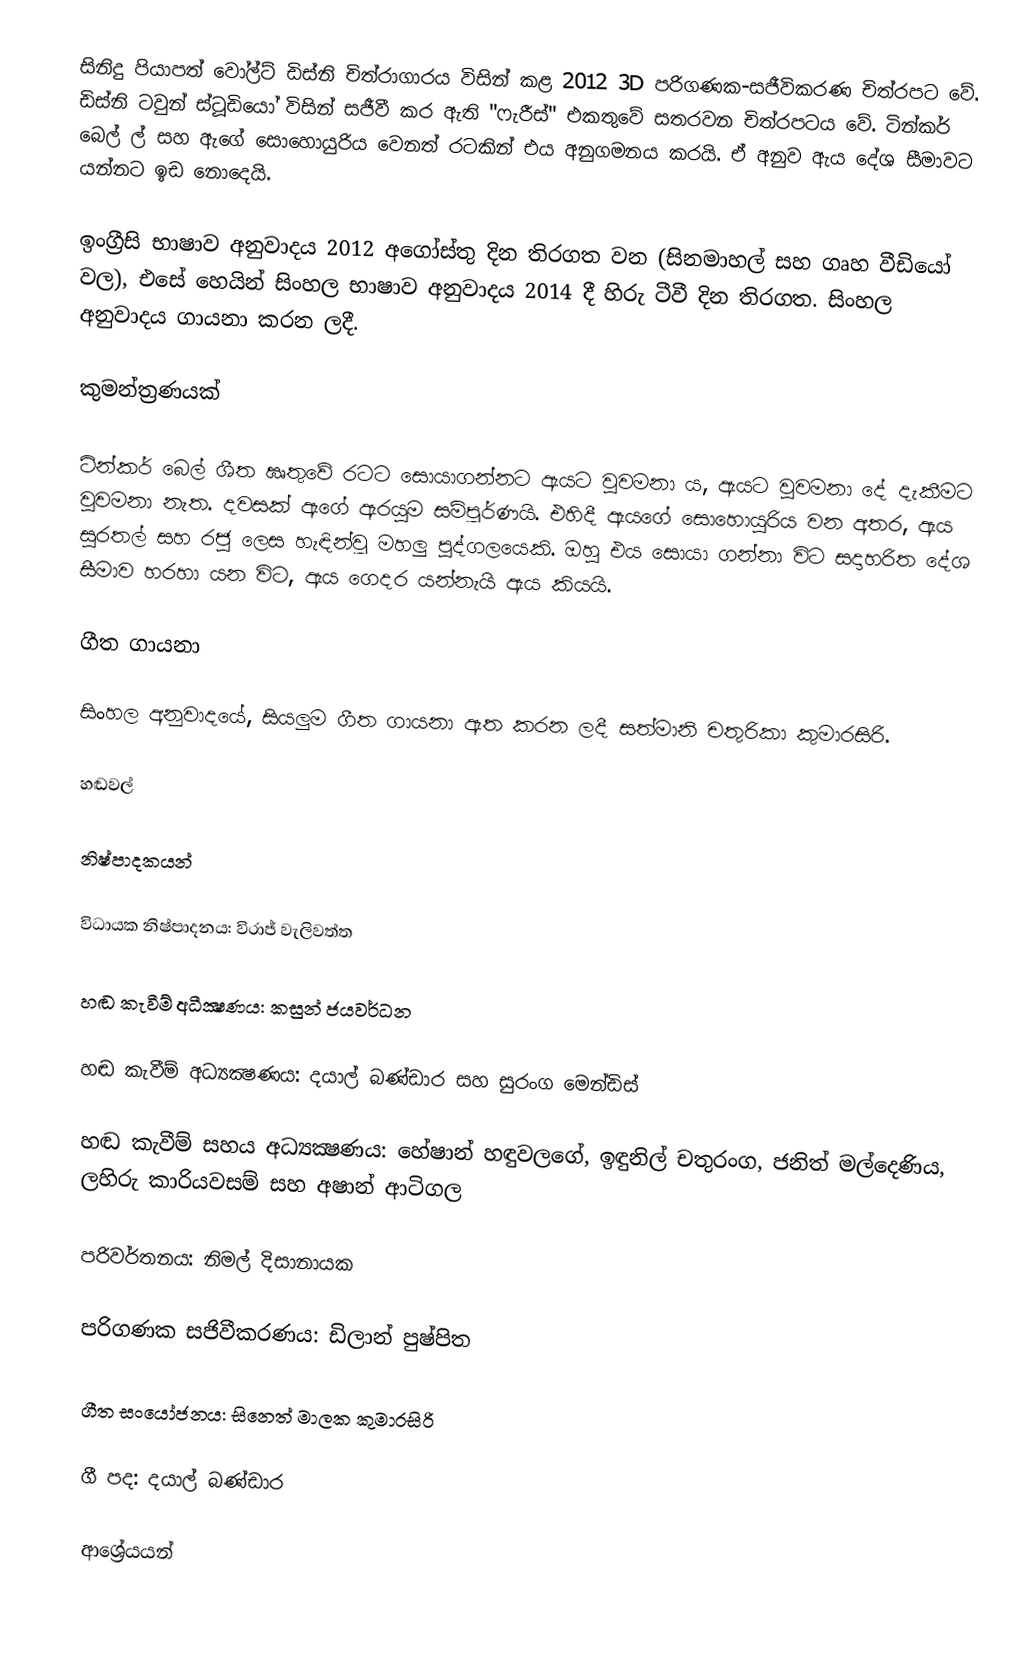
සිනිදු පියාපත් වෝල්ට් ඩිස්නි චිත්රාගාරය විසින් කළ 2012 3D පරිගණක-සජීවිකරණ චිත්රපට වේ.  ඩිස්නි ටවුන් ස්ටූඩියෝ විසින් සජීවී කර ඇති "ෆැරීස්" එකතුවේ සතරවන චිත්රපටය වේ. ටින්කර් බෙල් ල් සහ ඇගේ සොහොයුරිය වෙනත් රටකින් එය අනුගමනය කරයි. ඒ අනුව ඇය දේශ සීමාවට යන්නට ඉඩ නොදෙයි.

ඉංග්‍රීසි භාෂාව අනුවාදය 2012 අගෝස්තු දින තිරගත වන (සිනමාහල් සහ ගෘහ වීඩියෝ වල), එසේ හෙයින් සිංහල භාෂාව අනුවාදය 2014 දී හිරු ටීවී දින තිරගත. සිංහල අනුවාදය ගායනා කරන ලදී.

කුමන්ත්‍රණයක්

ටින්කර් බෙල් ශීත ඍතුවේ රටට සොයාගන්නට ඇයට වුවමනා ය, ඇයට වුවමනා දේ දැකීමට වුවමනා නැත. දවසක් ඇගේ ඇරයුම සම්පූර්ණයි. එහිදී ඇයගේ සොහොයුරිය වන අතර, ඇය සුරතල් සහ රජු ලෙස හැඳින්වූ මහලු පුද්ගලයෙකි. ඔහු එය සොයා ගන්නා විට සදාහරිත දේශ සීමාව හරහා යන විට, ඇය ගෙදර යන්නැයි ඇය කියයි.

ගීත ගායනා

සිංහල අනුවාදයේ, සියලුම ගීත ගායනා ඇත කරන ලදී සත්මානි චතුරිකා කුමාරසිරි.

හඬවල්

නිෂ්පාදකයන්

විධායක නිෂ්පාදනය: විරාජ් වැලිවත්ත

හඬ කැවීම් අධීක්‍ෂණය: කසුන් ජයවර්ධන

හඬ කැවීම් අධ්‍යක්‍ෂණය: දයාල් බණ්ඩාර සහ සුරංග මෙන්ඩිස්

හඬ කැවීම් සහය අධ්‍යක්‍ෂණය: හේෂාන් හඳුවලගේ, ඉඳුනිල් චතුරංග, ජනිත් මල්දෙණිය, ලහිරු කාරියවසම් සහ අෂාන් ආටිගල

පරිවර්තනය: නිමල් දිසානායක

පරිගණක සජිවීකරණය: ඩිලාන් පුෂ්පිත

ගීත සංයෝජනය: සිනෙත් මාලක කුමාරසිරි

ගී පද: දයාල් බණ්ඩාර

ආශ්‍රේයයන්